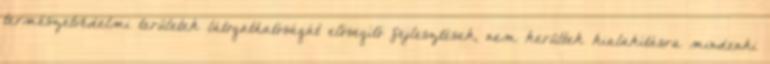
természetvédelmi területek látogathatóságát elősegítő fejlesztések, nem kerültek kialakításra mindenki